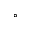
^ { \circ }